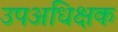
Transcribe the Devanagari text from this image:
उपअधिक्षक